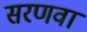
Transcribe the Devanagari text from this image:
सरणवा